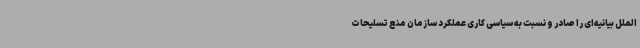
الملل بیانیه‌ای را صادر و نسبت به سیاسی کاری عملکرد سازمان منع تسلیحات